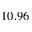
1 0 . 9 6